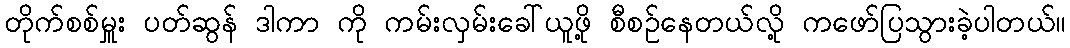
တိုက်စစ်မှူး ပတ်ဆွန် ဒါကာ ကို ကမ်းလှမ်းခေါ်ယူဖို့ စီစဉ်နေတယ်လို့ ကဖော်ပြသွားခဲ့ပါတယ်။